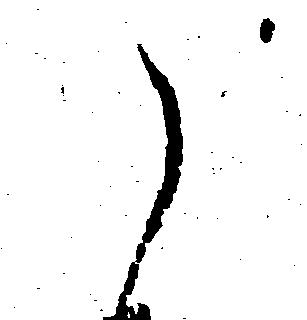
え